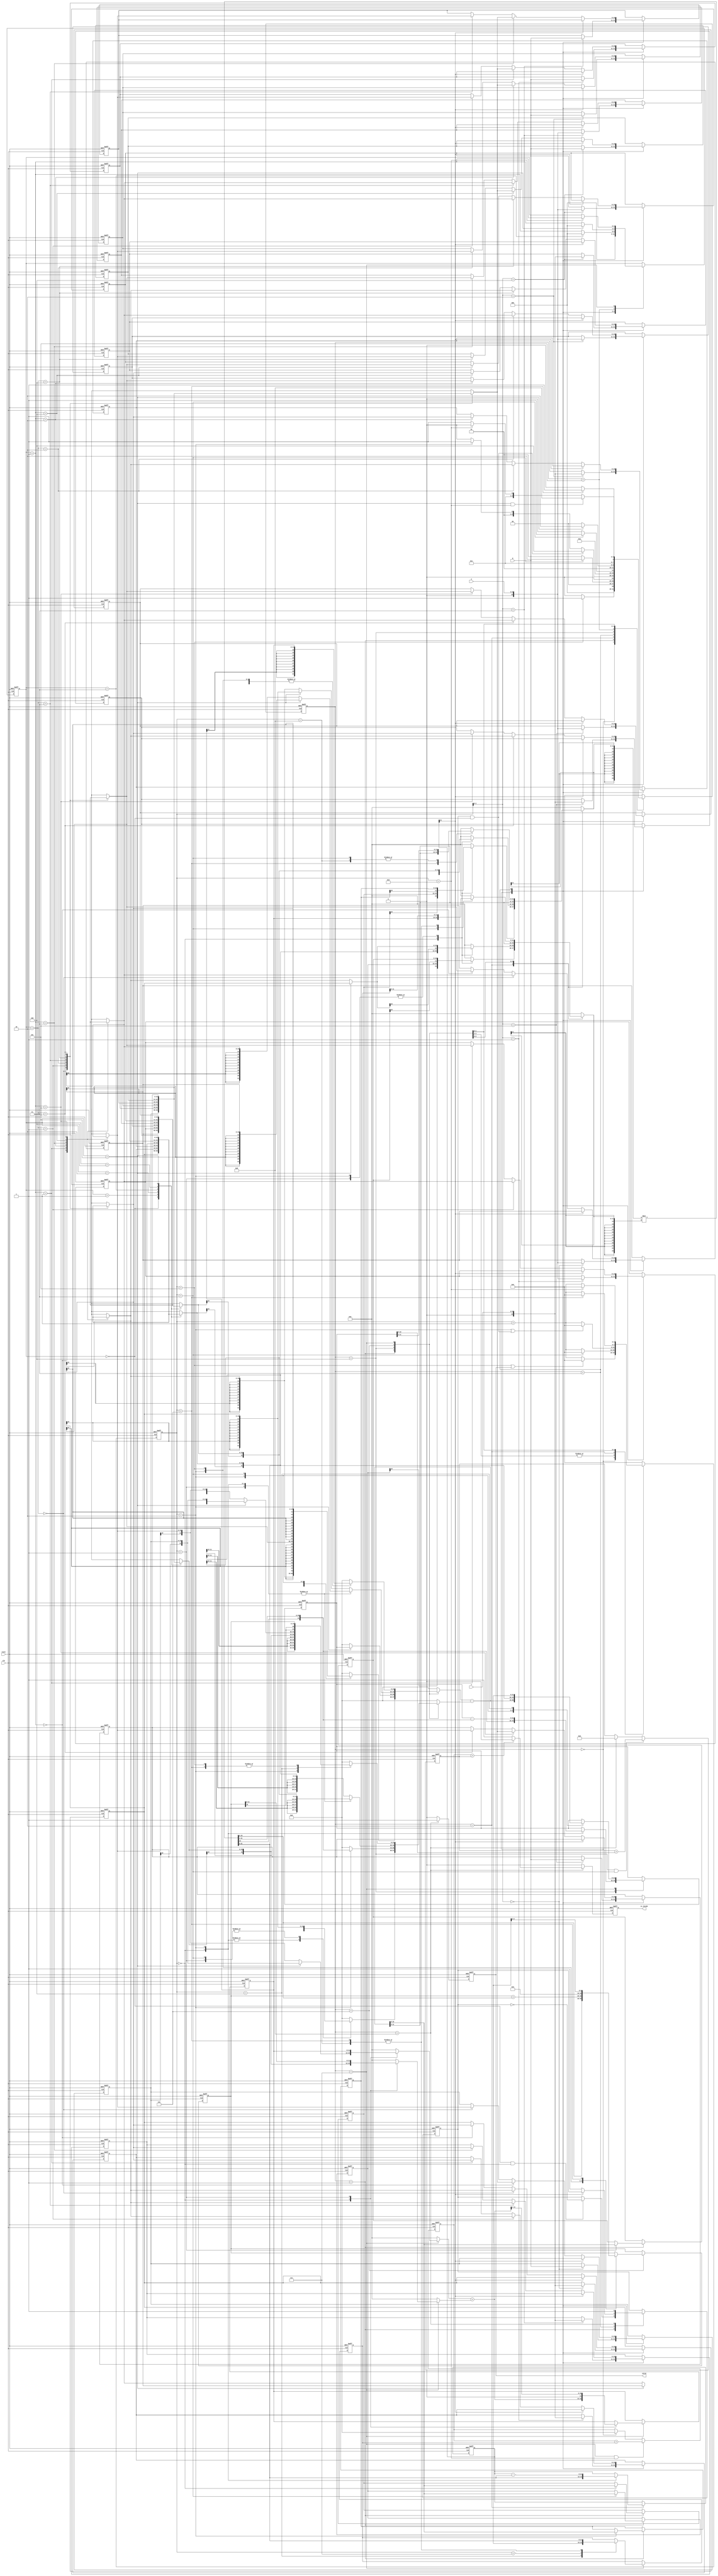
module geofence ( 
    clk,
    reset,
    X,
    Y,
    R,
    valid,
    is_inside
);

//--------------------------------------------------------------------
// Parameter Declaration
//--------------------------------------------------------------------
localparam WIDTH        = 20;
localparam IDLE         = 4'd0;
localparam VECTOR       = 4'd1;
localparam PRODUCT      = 4'd2;
localparam EXCHANGE     = 4'd3;
localparam AREA_HEXAGON = 4'd4;
localparam NEXT_POINT   = 4'd5;
localparam CREATE_SIDE  = 4'd6;
localparam TRIANGLE     = 4'd7;
localparam COMPARE      = 4'd8;

//--------------------------------------------------------------------
// Input & Output Declaration
//--------------------------------------------------------------------
input clk;
input reset;
input [9:0] X;
input [9:0] Y;
input [10:0] R;     // distance
output reg valid;
output reg is_inside;
//reg valid;
//reg is_inside;

//--------------------------------------------------------------------
// Reg & Wire Declaration
//--------------------------------------------------------------------
integer i;
// flag
wire area_start;
wire vector_done;
wire receive_done;
wire product_done;
wire triangle_area_done;
reg sort_done;
// state machine
reg [3:0] state, next_state;
// store input data
reg [10:0] distance[0:5];
reg signed [10:0] pointX[0:5];   
reg signed [10:0] pointY[0:5];   
// vector
reg signed [10:0] vector_a[0:1]; // x y
reg signed [10:0] vector_b[0:1]; // x y
reg signed [21:0] product_result;
// multiplier
reg  signed [11:0] mult_in1, mult_in2;
wire signed [23:0] mult_out;
// substrct
reg  signed [21:0] sub_in1, sub_in2;
wire signed [21:0] sub_out;
// cnt
reg [2:0] nextPointCnt;
reg [3:0] cnt;
// root function
wire signed [9:0]  root_out; 
reg  signed [19:0] root_in;
// triangle
reg signed [19:0] side;
reg signed [11:0] s;
reg [21:0] triangle;
// hexagon
reg [19:0] hexagon;
// adder
reg  signed [11:0] add_in1, add_in2;
wire signed [11:0] add_out;
//
reg signed [21:0] buffer;
reg signed [21:0] buffer2;

//--------------------------------------------------------------------
// State Machine
//--------------------------------------------------------------------
//reg [3:0] state, next_state;
always @(posedge clk or posedge reset) begin
    if(reset) state <= IDLE;
    else state <= next_state;
end

always @(*) begin
    case(state)
        IDLE:           next_state = (receive_done) ? VECTOR : IDLE;
        VECTOR:         next_state = (vector_done) ? PRODUCT : VECTOR;
        PRODUCT:        begin
                            if(area_start) begin
                                next_state = AREA_HEXAGON;
                            end else begin
                                next_state = (product_done) ? EXCHANGE : PRODUCT; 
                            end
                        end
        EXCHANGE:       next_state = VECTOR;
        AREA_HEXAGON:   next_state = (vector_done) ? NEXT_POINT : AREA_HEXAGON;
        NEXT_POINT:     next_state = (nextPointCnt == 3'd5) ? CREATE_SIDE : AREA_HEXAGON;
        CREATE_SIDE:    next_state = (cnt == 4'd6) ? TRIANGLE : CREATE_SIDE;
        TRIANGLE:       begin
                            if(nextPointCnt == 3'd5 && triangle_area_done) begin
                                next_state = COMPARE;
                            end else if(triangle_area_done) begin
                                next_state = CREATE_SIDE;
                            end else begin
                                next_state = TRIANGLE;
                            end
                        end
        default:        next_state = IDLE;
    endcase
end

//--------------------------------------------------------------------
// Received Data
//--------------------------------------------------------------------
//reg signed [10:0] pointX[0:5], pointY[0:5];
always @(posedge clk or posedge reset) begin
    if(reset) begin
        for(i = 0; i < 6; i = i + 1) begin
            pointX[i] <= 11'd0;
            pointY[i] <= 11'd0;
            distance[i] <= 11'd0;
        end
    end else begin
        case(state)
            IDLE:       begin
                            pointX[cnt] <= $signed({1'b0,X});
                            pointY[cnt] <= $signed({1'b0,Y});
                            distance[cnt] <= R;
                        end
            EXCHANGE:   begin
                            if(~product_result[21]) begin
                                pointX[nextPointCnt+1] <= pointX[nextPointCnt+2];
                                pointX[nextPointCnt+2] <= pointX[nextPointCnt+1];
                                pointY[nextPointCnt+1] <= pointY[nextPointCnt+2];
                                pointY[nextPointCnt+2] <= pointY[nextPointCnt+1];
                                distance[nextPointCnt+2] <= distance[nextPointCnt+1];
                                distance[nextPointCnt+1] <= distance[nextPointCnt+2];
                            end
                        end
            default:    begin
                            for(i = 0; i < 6; i = i + 1) begin
                                pointX[i] <= pointX[i];
                                pointY[i] <= pointY[i];
                                distance[i] <= distance[i];
                            end
                        end
        endcase
    end
end

//--------------------------------------------------------------------
// Vector
//--------------------------------------------------------------------
// reg signed [10:0] vector_a[0:1]; // x y
// reg signed [10:0] vector_b[0:1]; // x y
always @(posedge clk or posedge reset) begin
    if(reset) begin
        vector_a[0] <= 11'd0;
        vector_a[1] <= 11'd0;
        vector_b[0] <= 11'd0;
        vector_b[1] <= 11'd0;
    end else begin
        case(state)
            VECTOR:     begin
                            case (cnt)
                                4'd0:       vector_a[0] <= sub_out;      // vectorA x
                                4'd1:       vector_a[1] <= sub_out;      // vectorA y
                                4'd2:       vector_b[0] <= sub_out;      // vectorB x
                                4'd3:       vector_b[1] <= sub_out;      // vectorB y
                                default:    begin
                                                vector_a[0] <= vector_a[0];
                                                vector_a[1] <= vector_a[1];
                                                vector_b[0] <= vector_b[0];
                                                vector_b[1] <= vector_b[1];
                                            end
                            endcase
                        end
            default:    begin
                            vector_a[0] <= vector_a[0];
                            vector_a[1] <= vector_a[1];
                            vector_b[0] <= vector_b[0];
                            vector_b[1] <= vector_b[1];
                        end
        endcase
    end
end

//reg signed [21:0] product_result;
always @(posedge clk or posedge reset) begin
    if(reset) begin
        product_result <= 22'd0;
    end else begin
        case(state)
            PRODUCT:    begin
                            case(cnt)
                                4'd0:       product_result <= $signed(mult_out[21:0]);
                                4'd2:       product_result <= $signed(product_result - mult_out[21:0]);
                                default:    product_result <= product_result;
                            endcase
                        end
            default:    product_result <= product_result;
        endcase
    end
end

//--------------------------------------------------------------------
// Counter & Flags
//--------------------------------------------------------------------
// wire triangle_area_done;
assign triangle_area_done = (cnt == 4'd9);

//wire receive_done;
assign receive_done = (cnt == 4'd5);

//wire vector_done;
assign vector_done = (cnt == 4'd3);

//wire product_done;
assign product_done = (cnt == 4'd2);

//wire area_start;
assign area_start = (sort_done && nextPointCnt == 3'd0);

//reg [3:0] cnt;
//reg [2:0] nextPointCnt;
always @(posedge clk or posedge reset) begin
    if(reset) begin
        //cnt <= 4'd0;
        nextPointCnt <= 3'd0;
    end else begin
        case(state)
            IDLE:           begin
                                //cnt <= (receive_done || valid) ? 4'd0 : cnt + 4'd1;
                                nextPointCnt <= 3'd0;    
                            end
           //VECTOR,
           //AREA_HEXAGON:    cnt <= (vector_done) ? 4'd0 : cnt + 4'd1;
           //PRODUCT:         cnt <= (product_done || area_start) ? 4'd0 : cnt + 4'd1;
            EXCHANGE:       nextPointCnt <= (nextPointCnt == 3'd3) ? 3'd0 : nextPointCnt + 3'd1;
            NEXT_POINT:     nextPointCnt <= (nextPointCnt == 3'd5) ? 3'd0 : nextPointCnt + 3'd1;
           //CREATE_SIDE:     cnt <= (cnt == 4'd6) ? 3'd0 : cnt + 4'd1;
            TRIANGLE:       begin
                                if(triangle_area_done) begin
                                    nextPointCnt <= nextPointCnt + 3'd1;
                                //    cnt <= 4'd0;
                                //end else begin
                                //   cnt <= cnt + 4'd1; 
                                end
                            end     
            default:        begin
                                //cnt <= 4'd0;    
                                nextPointCnt <= nextPointCnt;
                            end
        endcase
    end
end

//reg [3:0] cnt;
always @(posedge clk or posedge reset) begin
    if(reset) begin
        cnt <= 4'd0;
    end else begin
        case (state)
            IDLE:       cnt <= (receive_done || valid) ? 4'd0 : cnt + 4'd1;
            VECTOR,
            AREA_HEXAGON:   cnt <= (vector_done) ? 4'd0 : cnt + 4'd1;
            PRODUCT:        cnt <= (product_done || area_start) ? 4'd0 : cnt + 4'd1;
            CREATE_SIDE:    cnt <= (cnt == 4'd6) ? 4'd0 : cnt + 4'd1;
            TRIANGLE:       cnt <= (triangle_area_done) ? 4'd0 : cnt + 4'd1;
            default:    cnt <= 4'd0;
        endcase
    end
end


//reg sort_done;
always @(posedge clk or posedge reset) begin
    if(reset) begin
        sort_done <= 1'b1;
    end else begin
        case(state)
            VECTOR:     begin
                            if(nextPointCnt == 3'd0 && cnt == 4'd0) begin
                               sort_done <= ~sort_done; 
                            end
                        end
            EXCHANGE:   begin
                           if(~product_result[21]) begin
                               sort_done <= 1'b1;
                           end
                        end
            COMPARE:    sort_done <= 1'b1;
            default:    sort_done <= sort_done;
        endcase
    end
end


//---------------------------------------------------------------------
// Buffer
//---------------------------------------------------------------------
//reg[21:0] signed buffer, buffer2;
always @(posedge clk or posedge reset) begin
    if(reset) begin
        buffer <= 22'd0;
        buffer2 <= 22'd0;
    end else begin
        case (state)
            AREA_HEXAGON:   begin
                                case (cnt)
                                    4'd0:       buffer <= $signed({mult_out[23],mult_out[21:1]});
                                    4'd2:       buffer <= $signed(buffer - {mult_out[23],mult_out[21:1]});
                                    default:    buffer <= buffer;
                                endcase
                            end
            TRIANGLE:       begin
                                case (cnt)
                                    4'd2:       buffer <= sub_out;
                                    4'd3:       buffer <= $signed(mult_out[21:0]);
                                    4'd4:       begin
                                                    buffer <= $signed({{12{1'b0}},root_out});
                                                    buffer2 <= sub_out;
                                                end
                                    4'd6:       buffer2 <= $signed(mult_out[21:0]);
                                    4'd7:       buffer2 <= $signed({{12{1'b0}},root_out});
                                    4'd8:       buffer2 <= $signed(mult_out[21:0]);
                                    default:    buffer2 <= buffer2;
                                endcase
                            end 
            default:        buffer <= buffer;
        endcase
    end
end

//---------------------------------------------------------------------
// Substract
//---------------------------------------------------------------------
// wire signed [10:0] sub_out;
assign sub_out = sub_in1 - sub_in2;

// wire signed [10:0] sub_in1, sub_in2;
always @(*) begin
    case(state)
        VECTOR:         begin
                            case(cnt)
                                // vector A
                                4'd0:       begin
                                                sub_in1 = $signed({{11{pointX[nextPointCnt+1][10]}},pointX[nextPointCnt+1]});
                                                sub_in2 = $signed({{11{pointX[0][10]}},pointX[0]});
                                            end
                                4'd1:       begin
                                                sub_in1 = $signed({{11{pointY[nextPointCnt+1][10]}},pointY[nextPointCnt+1]});
                                                sub_in2 = $signed({{11{pointY[0][10]}},pointY[0]});   
                                            end
                                // vector B
                                4'd2:       begin
                                                sub_in1 = $signed({{11{pointX[nextPointCnt+2][10]}},pointX[nextPointCnt+2]});
                                                sub_in2 = $signed({{11{pointX[0][10]}},pointX[0]});    
                                            end
                                4'd3:       begin
                                                sub_in1 = $signed({{11{pointY[nextPointCnt+2][10]}},pointY[nextPointCnt+2]});
                                                sub_in2 = $signed({{11{pointY[0][10]}},pointY[0]});  
                                            end
                                default:    begin
                                                sub_in1 = 22'd0;
                                                sub_in2 = 22'd0;                                
                                            end
                            endcase
                        end
        AREA_HEXAGON:   begin
                            case(cnt)
                                4'd2:       begin
                                                sub_in1 = buffer;
                                                sub_in2 = $signed({mult_out[23],mult_out[21:1]});
                                            end
                                default:    begin
                                                sub_in1 = 22'd0;
                                                sub_in2 = 22'd0;                                
                                            end
                            endcase
                        end
        CREATE_SIDE:    begin
                            case(cnt)
                                4'd0,
                                4'd1,
                                4'd2:       begin
                                                sub_in1 = (nextPointCnt == 3'd5) ? $signed(pointX[0]) : $signed(pointX[nextPointCnt+1]);     // x0 - x1
                                                sub_in2 = pointX[nextPointCnt];
                                            end
                                default:    begin
                                                sub_in1 = (nextPointCnt == 3'd5) ? $signed(pointY[0]) : $signed(pointY[nextPointCnt+1]);
                                                sub_in2 = $signed(pointY[nextPointCnt]);
                                            end
                            endcase            
                        end
        TRIANGLE:       begin
                            case(cnt)
                                4'd2:       begin
                                                sub_in1 = s;     // s - a
                                                sub_in2 = $signed(distance[nextPointCnt]);
                                            end
                                4'd4:       begin
                                                sub_in1 = s;     // s - b
                                                sub_in2 = (nextPointCnt == 3'd5) ? $signed(distance[0]) : $signed(distance[nextPointCnt+1]);
                                            end
                                4'd5,
                                4'd6:       begin
                                                sub_in1 = s;     // s - c
                                                sub_in2 = $signed({{2{side[19]}},side});
                                            end
                                default:    begin
                                                sub_in1 = 22'd0;
                                                sub_in2 = 22'd0;   
                                            end
                            endcase  
                        end
        default:    begin
                        sub_in1 = 22'd0;
                        sub_in2 = 22'd0;
                    end
    endcase
end

//---------------------------------------------------------------------
// Multiplier
//---------------------------------------------------------------------
//wire signed [21:0] mult_out;
assign mult_out = $signed({{12{mult_in1[11]}},mult_in1} * {{12{mult_in2[11]}},mult_in2});
//assign mult_out = {{11{1'b0}},mult_in1} * {{11{1'b0}},mult_in2};

//wire signed [11:0] mult_in1, mult_in2;
always @(*) begin
    case(state)
        PRODUCT:         begin
                            case(cnt)
                                4'd0:       begin
                                                mult_in1 = vector_a[0]; // Ax
                                                mult_in2 = vector_b[1]; // By
                                            end
                                4'd1,
                                4'd2:       begin
                                                mult_in1 = vector_b[0]; // Bx
                                                mult_in2 = vector_a[1]; // Ay                    
                                            end
                                default:    begin
                                                mult_in1 = 11'd0;
                                                mult_in2 = 11'd0;                                
                                            end
                            endcase
                        end
        AREA_HEXAGON:   begin
                            case (cnt)
                                4'd0:       begin   // x1 * y0    nextPointCnt -> 0~4
                                                mult_in1 = (nextPointCnt == 3'd5) ? pointX[0] : pointX[nextPointCnt+1];  // x1 * y0
                                                mult_in2 = pointY[nextPointCnt];
                                            end
                                4'd1,       
                                4'd2:       begin   // y1 * x0
                                                mult_in1 = pointX[nextPointCnt];    // x0
                                                mult_in2 = (nextPointCnt == 3'd5) ? pointY[0] : pointY[nextPointCnt+1];  // y1
                                            end
                                default:    begin
                                                mult_in1 = 12'd0;
                                                mult_in2 = 12'd0;
                                            end
                            endcase
                        end
        CREATE_SIDE:    begin
                            mult_in1 = $signed(sub_out[11:0]);
                            mult_in2 = $signed(sub_out[11:0]);
                        end
        TRIANGLE:       begin
                            case (cnt)
                                4'd3:       begin   // s * (s-a)
                                                mult_in1 = $signed(buffer[11:0]);
                                                mult_in2 = $signed({s[11],s});
                                            end
                                4'd6:       begin
                                                mult_in1 = $signed(sub_out[11:0]);
                                                mult_in2 = $signed(buffer2[11:0]);
                                            end
                                4'd8:       begin
                                                mult_in1 = $signed(buffer[11:0]);
                                                mult_in2 = $signed(buffer2[11:0]);
                                            end
                                default:    begin
                                                mult_in1 = 12'd0;
                                                mult_in2 = 12'd0;
                                            end
                            endcase
                        end
        default:    begin
                        mult_in1 = 12'd0;
                        mult_in2 = 12'd0;
                    end
    endcase
end

//---------------------------------------------------------------------
// adder
//---------------------------------------------------------------------
// reg  signed [11:0] add_in1, add_in2;
always @(*) begin
    if(state == TRIANGLE) begin
        case(cnt) 
            4'd0:       begin
                            add_in1 = (nextPointCnt == 3'd5) ? $signed(distance[0]) : $signed(distance[nextPointCnt+1]);
                            add_in2 = $signed(distance[nextPointCnt]);
                        end
            4'd1:       begin
                            add_in1 = $signed(s[11:0]);
                            add_in2 = $signed(side[11:0]);
                        end
            default:    begin
                            add_in1 = 10'd0;
                            add_in2 = 10'd0;
                        end
        endcase
    end else begin
        add_in1 = 10'd0;
        add_in2 = 10'd0;
    end   
end

// wire signed [11:0] add_out;
assign add_out = add_in1 + add_in2;

//---------------------------------------------------------------------
// Area of Hexagon
//---------------------------------------------------------------------
//reg [19:0] hexagon
always @(posedge clk or posedge reset) begin
    if(reset) begin
        hexagon <= 20'd0;
    end else if(state == AREA_HEXAGON && vector_done) begin
        hexagon <= hexagon + $unsigned(buffer);
    end else if(state == COMPARE) begin
        hexagon <= 20'd0;
    end
end

//--------------------------------------------------------------------
// Triangle
//--------------------------------------------------------------------
//reg signed [21:0] triangle;
always @(posedge clk or posedge reset) begin
    if(reset) begin
        triangle <= 22'd0;
    end else if(state == TRIANGLE && triangle_area_done) begin
        triangle <= triangle + $unsigned(buffer2);
    end else if(state == IDLE) begin
        triangle <= 22'd0;
    end
end

//reg signed [19:0] side;
always @(posedge clk or posedge reset) begin
    if(reset) begin
        side <= 20'd0;
    end else begin
        case (state)
            CREATE_SIDE:    begin
                                case (cnt)
                                    4'd2:       side <= $signed(mult_out[19:0]);
                                    4'd5:       side <= $signed(side + mult_out[19:0]);
                                    4'd6:       side <= $signed({10'd0,root_out});
                                    default:    side <= side;
                                endcase
                            end
            default:        side <= side;
        endcase
    end
end

//reg signed [11:0] s;
always @(posedge clk or posedge reset) begin
    if(reset) begin
        s <= 12'd0;
    end else if(state == TRIANGLE) begin
        case (cnt)
            4'd0:       s <= add_out;
            4'd1:       s <= $signed({1'b0, add_out[11:1]});
            default:    s <= s;
        endcase
    end
end

//--------------------------------------------------------------------
// Root
//--------------------------------------------------------------------
// wire root_out
assign root_out = DWF_sqrt_uns(root_in);
//assign root_out = root_in;
//assign root_out = $sqrt($unsigned(root_in));
//reg root_in;
always @(*) begin
    case (state)
        CREATE_SIDE:    root_in = side;
        TRIANGLE:       begin
                            case (cnt)
                                4'd4:       root_in = (buffer[21]) ? $signed(~buffer[19:0] + 20'd1) : $signed(buffer[19:0]); 
                                4'd7:       root_in = (buffer2[21]) ? $signed(~buffer2[19:0] + 20'd1) : $signed(buffer2[19:0]);
                                default:    root_in = 20'd0;
                            endcase
                        end
        default:        root_in = 20'd0;
    endcase
end

//---------------------------------------------------------------------
// Output Signal
//---------------------------------------------------------------------
// output reg valid;
// output reg is_inside;
always @(posedge clk or posedge reset) begin
    if(reset) begin
        valid <= 1'b0;
        is_inside <= 1'b0;
    end else if(state == COMPARE) begin
        valid <= 1'b1;
        if(triangle > {2'd0,hexagon}) begin
            is_inside <= 1'b0;
        end else begin
            is_inside <= 1'b1;
        end
    end else begin
        is_inside <= 1'b0;
        valid <= 1'b0;
    end
end

//---------------------------------------------------------------------
// Function
//---------------------------------------------------------------------

////////////////////////////////////////////////////////////////////////////////
//
//       This confidential and proprietary software may be used only
//     as authorized by a licensing agreement from Synopsys Inc.
//     In the event of publication, the following notice is applicable:
//
//                    (C) COPYRIGHT 2000 - 2020 SYNOPSYS INC.
//                           ALL RIGHTS RESERVED
//
//       The entire notice above must be reproduced on all authorized
//     copies.
//
//
// VERSION:   Verilog Simulation Functions
//
// NOTE:      This is a subentity.
//            This file is for internal use only.
//
// DesignWare_version: f4854cdd
// DesignWare_release: Q-2019.12-DWBB_201912.0
//
////////////////////////////////////////////////////////////////////////////////
//
// ABSTRACT: Verilog Function Descriptions for Combinational Square Root
//
//           Function descriptions for square root computation
//           used for synthesis inference of function calls
//           and for behavioral Verilog simulation.
//
//           The following functions are declared:
//
//           DWF_sqrt_uns (a, b)
//           DWF_sqrt_tc (a, b)
//
// MODIFIED: 
//
//-----------------------------------------------------------------------------

  function [(WIDTH+1)/2-1 : 0] DWF_sqrt_uns;
    // Function to compute the unsigned square root
    
    // synopsys map_to_operator SQRT_UNS_OP
    // synopsys return_port_name ROOT

    input [WIDTH-1 : 0] A;

    reg [(WIDTH+1)/2-1 : 0] ROOT_v;
    reg A_x;
    integer i;

    begin
      // synopsys translate_off
      A_x = ^A;
      if (A_x === 1'bx) begin
	    ROOT_v = {(WIDTH+1)/2{1'bx}};
      end else begin
	    ROOT_v = {(WIDTH+1)/2{1'b0}};
	    for (i = (WIDTH+1)/2-1; i >= 0; i = i-1) begin
	        ROOT_v[i] = 1'b1;
	        if (ROOT_v*ROOT_v > {1'b0,A}) begin
                ROOT_v[i] = 1'b0;
            end
	    end
      end
      DWF_sqrt_uns = ROOT_v;
      // synopsys translate_on
    end
  endfunction // DWF_sqrt_uns

  
  function [(WIDTH+1)/2-1 : 0] DWF_sqrt_tc;
    // Function to compute the signed square root
    
    // synopsys map_to_operator SQRT_TC_OP
    // synopsys return_port_name ROOT

    input [WIDTH-1 : 0] A;

    reg [(WIDTH+1)/2-1 : 0] ROOT_v;
    reg [WIDTH-1 : 0] A_v, A_x;
    integer i;

    begin
      // synopsys translate_off
      A_x = ^A;
      if (A_x === 1'bx) begin
	    ROOT_v = {(WIDTH+1)/2{1'bx}};
      end else begin
	    if (A[WIDTH-1] == 1'b1) begin
            A_v = ~A + 1'b1;
        end else begin
            A_v = A;
        end
	    ROOT_v = DWF_sqrt_uns (A_v);
      end
      DWF_sqrt_tc = ROOT_v;
      // synopsys translate_on
    end
  endfunction // DWF_sqrt_tc

//-----------------------------------------------------------------------------

endmodule